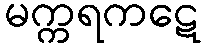
မက္ကရကဋေ